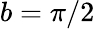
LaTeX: b=\pi/2